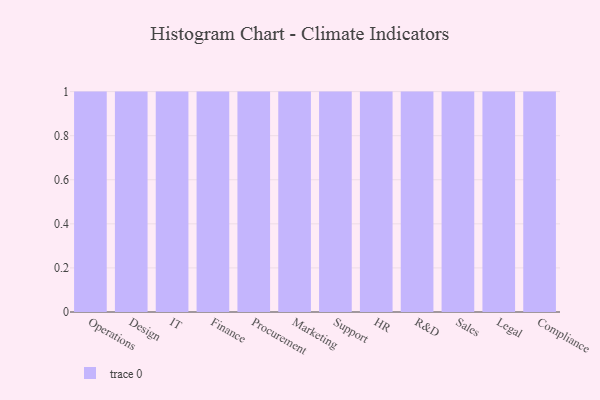
{"axis": {"x": "Department", "y": "Satisfaction Score"}, "legend": [""], "data": [{"x": "Operations", "y": 50, "type": ""}, {"x": "Design", "y": 35, "type": ""}, {"x": "IT", "y": 97, "type": ""}, {"x": "Finance", "y": 31, "type": ""}, {"x": "Procurement", "y": 47, "type": ""}, {"x": "Marketing", "y": 27, "type": ""}, {"x": "Support", "y": 79, "type": ""}, {"x": "HR", "y": 94, "type": ""}, {"x": "R&D", "y": 33, "type": ""}, {"x": "Sales", "y": 30, "type": ""}, {"x": "Legal", "y": 27, "type": ""}, {"x": "Compliance", "y": 68, "type": ""}]}